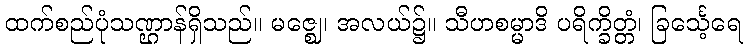
ထက်စည်ပုံသဏ္ဌာန်ရှိသည်။ မဇ္ဈေ၊ အလယ်၌။ သီဟစမ္မာဒိ ပရိက္ခိတ္တံ၊ ခြင်္သေ့ရေ